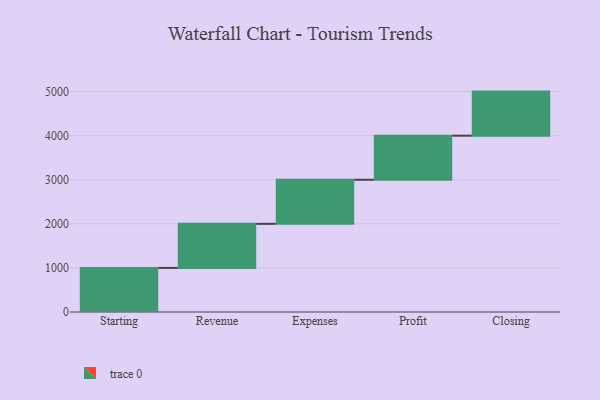
{"axis": {"x": "Step", "y": "Value"}, "legend": [""], "data": [{"x": "Starting", "y": 1000, "type": ""}, {"x": "Revenue", "y": 1000, "type": ""}, {"x": "Expenses", "y": 1000, "type": ""}, {"x": "Profit", "y": 1000, "type": ""}, {"x": "Closing", "y": 1000, "type": ""}]}